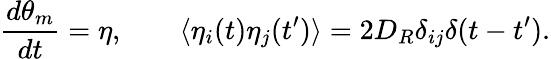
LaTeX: \frac{d\theta_{m}}{dt}=\eta,\; \; \; \; \; \; \; \langle\eta_{i}(t)\eta_{j}(t^{\prime})\rangle=2D_{R}\delta_{ij}\delta(t-t^{\prime}).